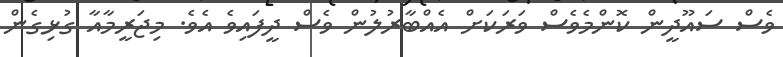
ވެސް ސައޫދީން ކޮންމެވެސް ވަރަކަށް އެއްބާރުލުން ވެސް ދީފައިވެ އެވެ. މިޖަރީމާއާ ގުޅިގެން